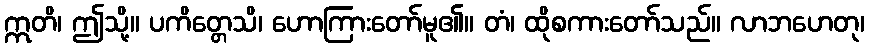
ဣတိ၊ ဤသို့။ ပကိတ္တေသိ၊ ဟောကြားတော်မူ၏။ တံ၊ ထိုစကားတော်သည်။ လာဘဟေတု၊